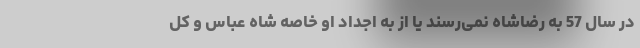
در سال 57 به رضاشاه نمی‌رسند یا از به اجداد او خاصه شاه عباس و کل